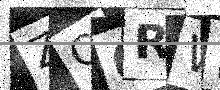
Text: ZC6RWB